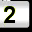
Digit: 2